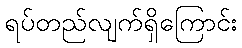
ရပ်တည်လျက်ရှိကြောင်း